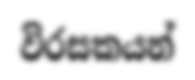
විරසකයන්